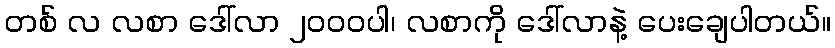
တစ် လ လစာ ဒေါ်လာ ၂၀၀၀ပါ၊ လစာကို ဒေါ်လာနဲ့ ပေးချေပါတယ်။